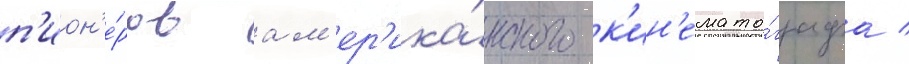
п'ион'е́ров ам'ер'ика́нского к'ин'емато́графа /